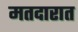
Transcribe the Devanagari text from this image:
मतदारात